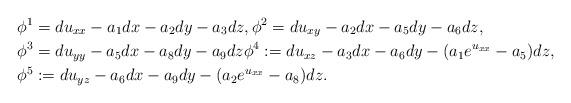
LaTeX: \begin{align*} &\phi^1=du_{xx}-a_1dx-a_2dy-a_3dz,\phi^2=du_{xy}-a_2dx-a_5dy-a_6dz,\\ &\phi^3=du_{yy}-a_5dx-a_8dy-a_9dz\phi^4:=du_{xz}-a_3dx-a_6dy-(a_1e^{u_{xx}}-a_5)dz,\\ & \phi^5:=du_{yz}-a_6dx-a_9dy-(a_2e^{u_{xx}}-a_8)dz.\end{align*}